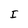
Character: I